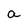
Character: a